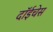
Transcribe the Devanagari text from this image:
दॉईचेस